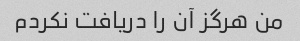
من هرگز آن را دریافت نکردم